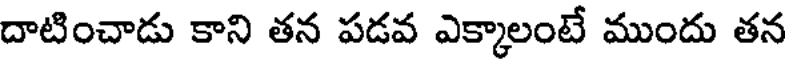
దాటించాడు కాని తన పడవ ఎక్కాలంటే ముందు తన